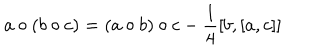
LaTeX: a \circ ( b \circ c ) = ( a \circ b ) \circ c - \frac { 1 } { 4 } [ b , [ a , c ] ]